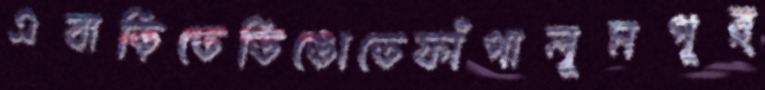
এবাড়িতেডিঙোতেফাঁপালুমপূর্